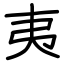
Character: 夷